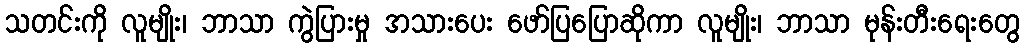
သတင်းကို လူမျိုး၊ ဘာသာ ကွဲပြားမှု အသားပေး ဖော်ပြပြောဆိုကာ လူမျိုး၊ ဘာသာ မုန်းတီးရေးတွေ